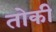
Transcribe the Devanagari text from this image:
तोकी